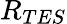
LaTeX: R_{TES}